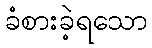
ခံစားခဲ့ရသော